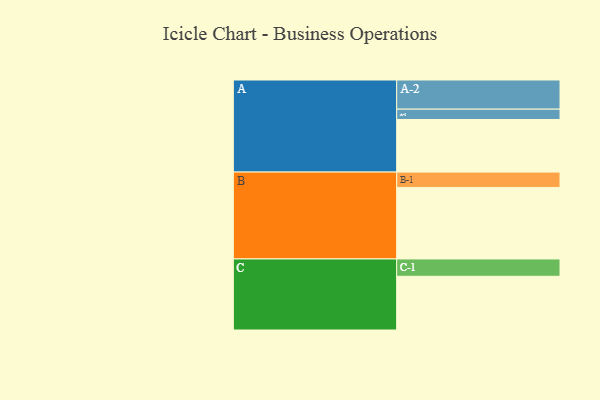
{"axis": {"x": "Segment", "y": "Value"}, "legend": ["", "A", "B", "C"], "data": [{"x": "A", "y": 325, "type": ""}, {"x": "B", "y": 442, "type": ""}, {"x": "C", "y": 332, "type": ""}, {"x": "A-1", "y": 64, "type": "A"}, {"x": "A-2", "y": 180, "type": "A"}, {"x": "B-1", "y": 95, "type": "B"}, {"x": "C-1", "y": 107, "type": "C"}]}